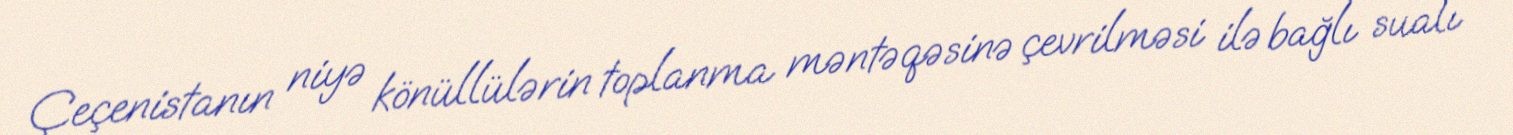
Çeçenistanın niyə könüllülərin toplanma məntəqəsinə çevrilməsi ilə bağlı sualı